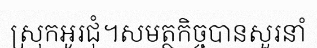
ស្រុកអូរជុំ។សមត្ថកិច្ចបានសួរនាំ